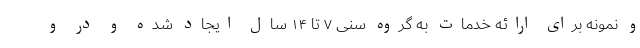
و نمونه برای ارائه خدمات به گروه سنی ۷ تا ۱۴ سال ایجاد شده و در و